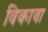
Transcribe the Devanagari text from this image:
विकावा